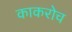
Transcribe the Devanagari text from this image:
काकरोच